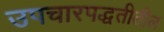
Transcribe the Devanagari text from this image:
उपचारपद्धतीतील